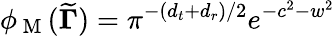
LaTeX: \phi_{\mathrm{~M~}}({\widetilde{\mathbf{\Gamma}}})=\pi^{-({d_{t}}+{d_{r}})/2}e^{-c^{2}-w^{2}}